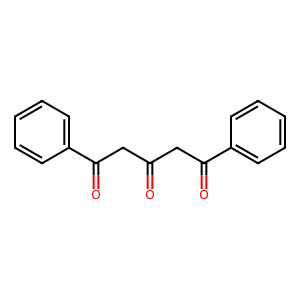
SMILES: O=C(CC(=O)c1ccccc1)CC(=O)c1ccccc1
Inhibits HIV replication: No